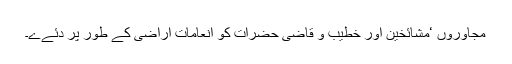
مجاوروں ‘مشائخین اور خطیب و قاضی حضرات کو انعامات اراضی کے طور پر دئےے۔